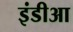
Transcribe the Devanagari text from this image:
इंडीआ